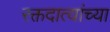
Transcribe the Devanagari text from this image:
रक्तदात्यांच्या